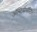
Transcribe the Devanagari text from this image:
ऑस्टियोपॉन्टिन